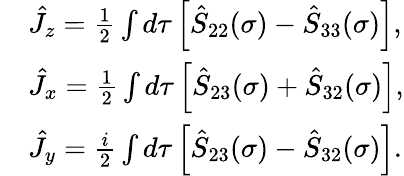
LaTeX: \begin{array}{rl}&{\hat{J}_{z}=\frac{1}{2}\int d\tau\left[\hat{S}_{22}(\sigma)-\hat{S}_{33}(\sigma)\right],}\\ &{\hat{J}_{x}=\frac{1}{2}\int d\tau\left[\hat{S}_{23}(\sigma)+\hat{S}_{32}(\sigma)\right],}\\ &{\hat{J}_{y}=\frac{i}{2}\int d\tau\left[\hat{S}_{23}(\sigma)-\hat{S}_{32}(\sigma)\right].}\end{array}